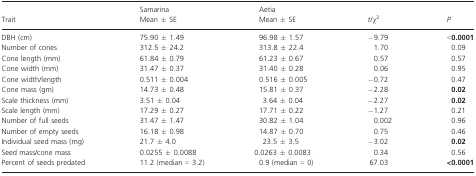
<table><thead><tr><td rowspan="2"><b>Trait</b></td><td><b>Samarina</b></td><td><b>Aetia</b></td><td rowspan="2"><b><i>t/χ</i><sup>2</sup></b></td><td rowspan="2"><b><i>P</i></b></td></tr><tr><td><b>Mean ± SE</b></td><td><b>Mean ± SE</b></td></tr></thead><tbody><tr><td>DBH (cm)</td><td>75.90 ± 1.49</td><td>96.98 ± 1.57</td><td>−9.79</td><td>&lt;<b>0.0001</b></td></tr><tr><td>Number of cones</td><td>312.5 ± 24.2</td><td>313.8 ± 22.4</td><td>1.70</td><td>0.09</td></tr><tr><td>Cone length (mm)</td><td>61.84 ± 0.79</td><td>61.23 ± 0.67</td><td>0.57</td><td>0.57</td></tr><tr><td>Cone width (mm)</td><td>31.47 ± 0.37</td><td>31.40 ± 0.28</td><td>0.06</td><td>0.95</td></tr><tr><td>Cone width/length</td><td>0.511 ± 0.004</td><td>0.516 ± 0.005</td><td>−0.72</td><td>0.47</td></tr><tr><td>Cone mass (gm)</td><td>14.73 ± 0.48</td><td>15.81 ± 0.37</td><td>−2.28</td><td><b>0.02</b></td></tr><tr><td>Scale thickness (mm)</td><td>3.51 ± 0.04</td><td>3.64 ± 0.04</td><td>−2.27</td><td><b>0.02</b></td></tr><tr><td>Scale length (mm)</td><td>17.29 ± 0.27</td><td>17.71 ± 0.22</td><td>−1.27</td><td>0.21</td></tr><tr><td>Number of full seeds</td><td>31.47 ± 1.47</td><td>30.82 ± 1.04</td><td>0.002</td><td>0.96</td></tr><tr><td>Number of empty seeds</td><td>16.18 ± 0.98</td><td>14.87 ± 0.70</td><td>0.75</td><td>0.46</td></tr><tr><td>Individual seed mass (mg)</td><td>21.7 ± 4.0</td><td>23.5 ± 3.5</td><td>−3.02</td><td><b>0.02</b></td></tr><tr><td>Seed mass/cone mass</td><td>0.0255 ± 0.0088</td><td>0.0263 ± 0.0083</td><td>0.34</td><td>0.56</td></tr><tr><td>Percent of seeds predated</td><td>11.2 (median = 3.2)</td><td>0.9 (median = 0)</td><td>67.03</td><td><b>&lt;0.0001</b></td></tr></tbody></table>